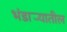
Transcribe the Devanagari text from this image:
भंडार्‍यातील